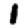
Digit: 1